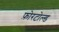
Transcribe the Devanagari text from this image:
फ़ोरटोल्ड